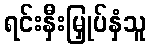
ရင်းနှီးမြှုပ်နှံသူ